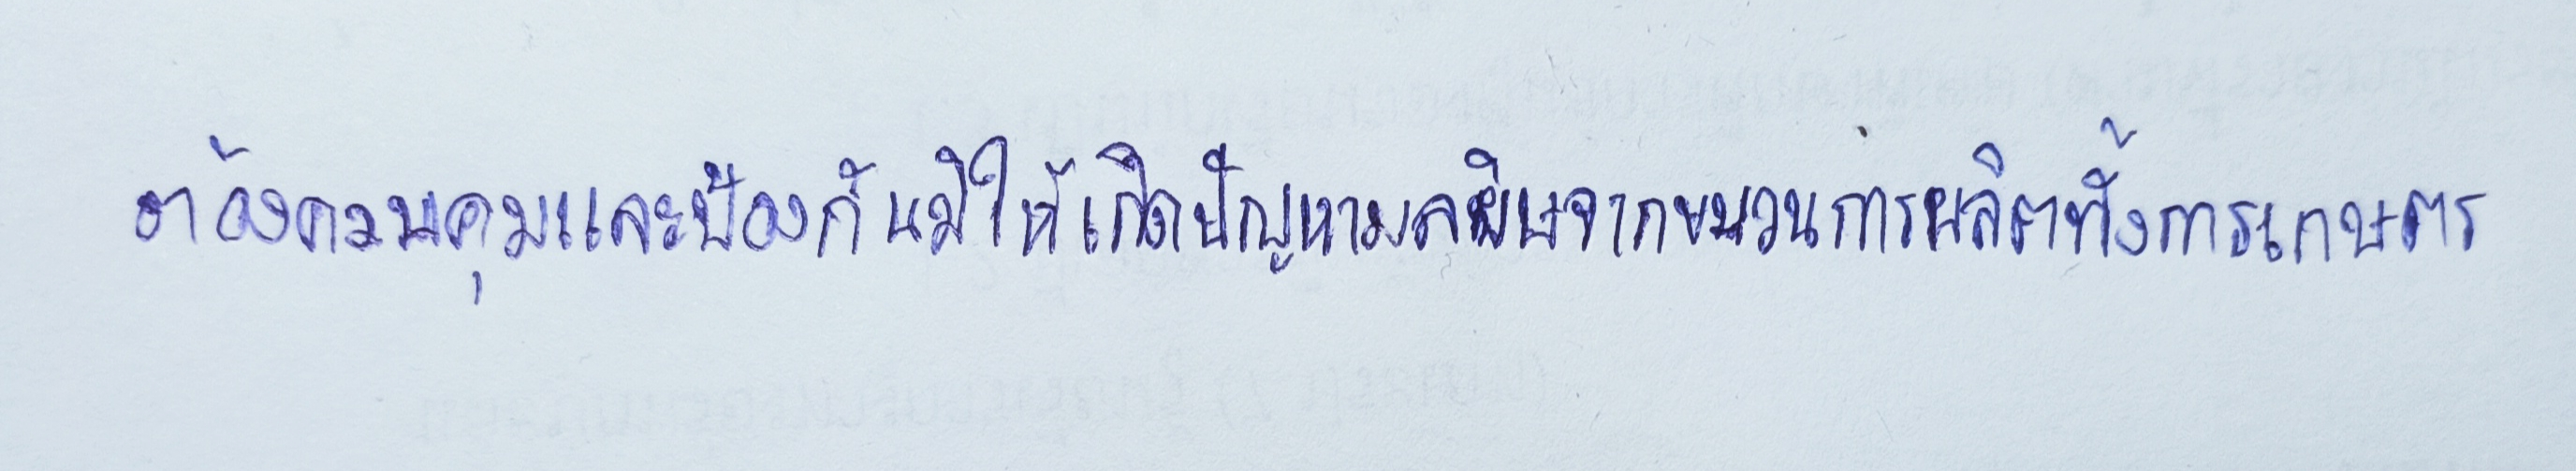
ต้องควบคุมและป้องกันมิให้เกิดปัญหามลพิษจากขบวนการผลิตทั้งการเกษตร